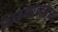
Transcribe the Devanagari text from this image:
सामर्थ्याबद्दलच्या